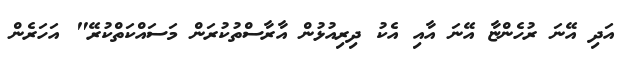
އަދި އޭނަ ރުހެންޏާ އޭނަ އާއި އެކު ދިރިއުޅުން އާރާސްތުކުރަން މަސައްކަތްކުރޭ" އަހަރެން